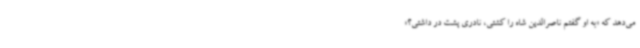
می‌دهد که «به او گفتم ناصرالدین شاه را کشتی، نادری پشت در داشتی؟»